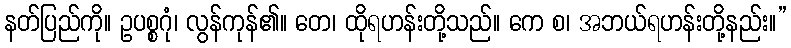
နတ်ပြည်ကို။ ဥပစ္စဂုံ၊ လွန်ကုန်၏။ တေ၊ ထိုရဟန်းတို့သည်။ ကေ စ၊ အဘယ်ရဟန်းတို့နည်း။”